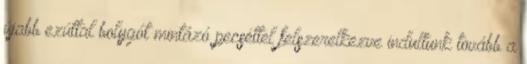
újabb ezúttal bolygót mintázó pecséttel felszerelkezve indultunk tovább a